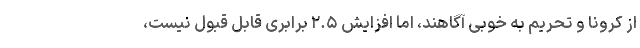
از کرونا و تحریم به خوبی آگاهند، اما افزایش ۲.۵ برابری قابل قبول نیست،